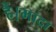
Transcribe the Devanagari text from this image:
हैं।मादा